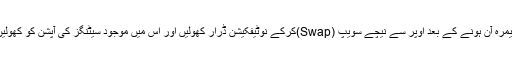
کیمرہ آن ہونے کے بعد اوپر سے نیچے سویپ (Swap)کرکے نوٹیفکیشن ڈرار کھولیں اور اس میں موجود سیٹنگز کی آپشن کو کھولیں۔